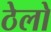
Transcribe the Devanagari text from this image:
ठेलो